画像に写った文字を読んでください
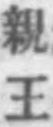
「親王」と書いてあります